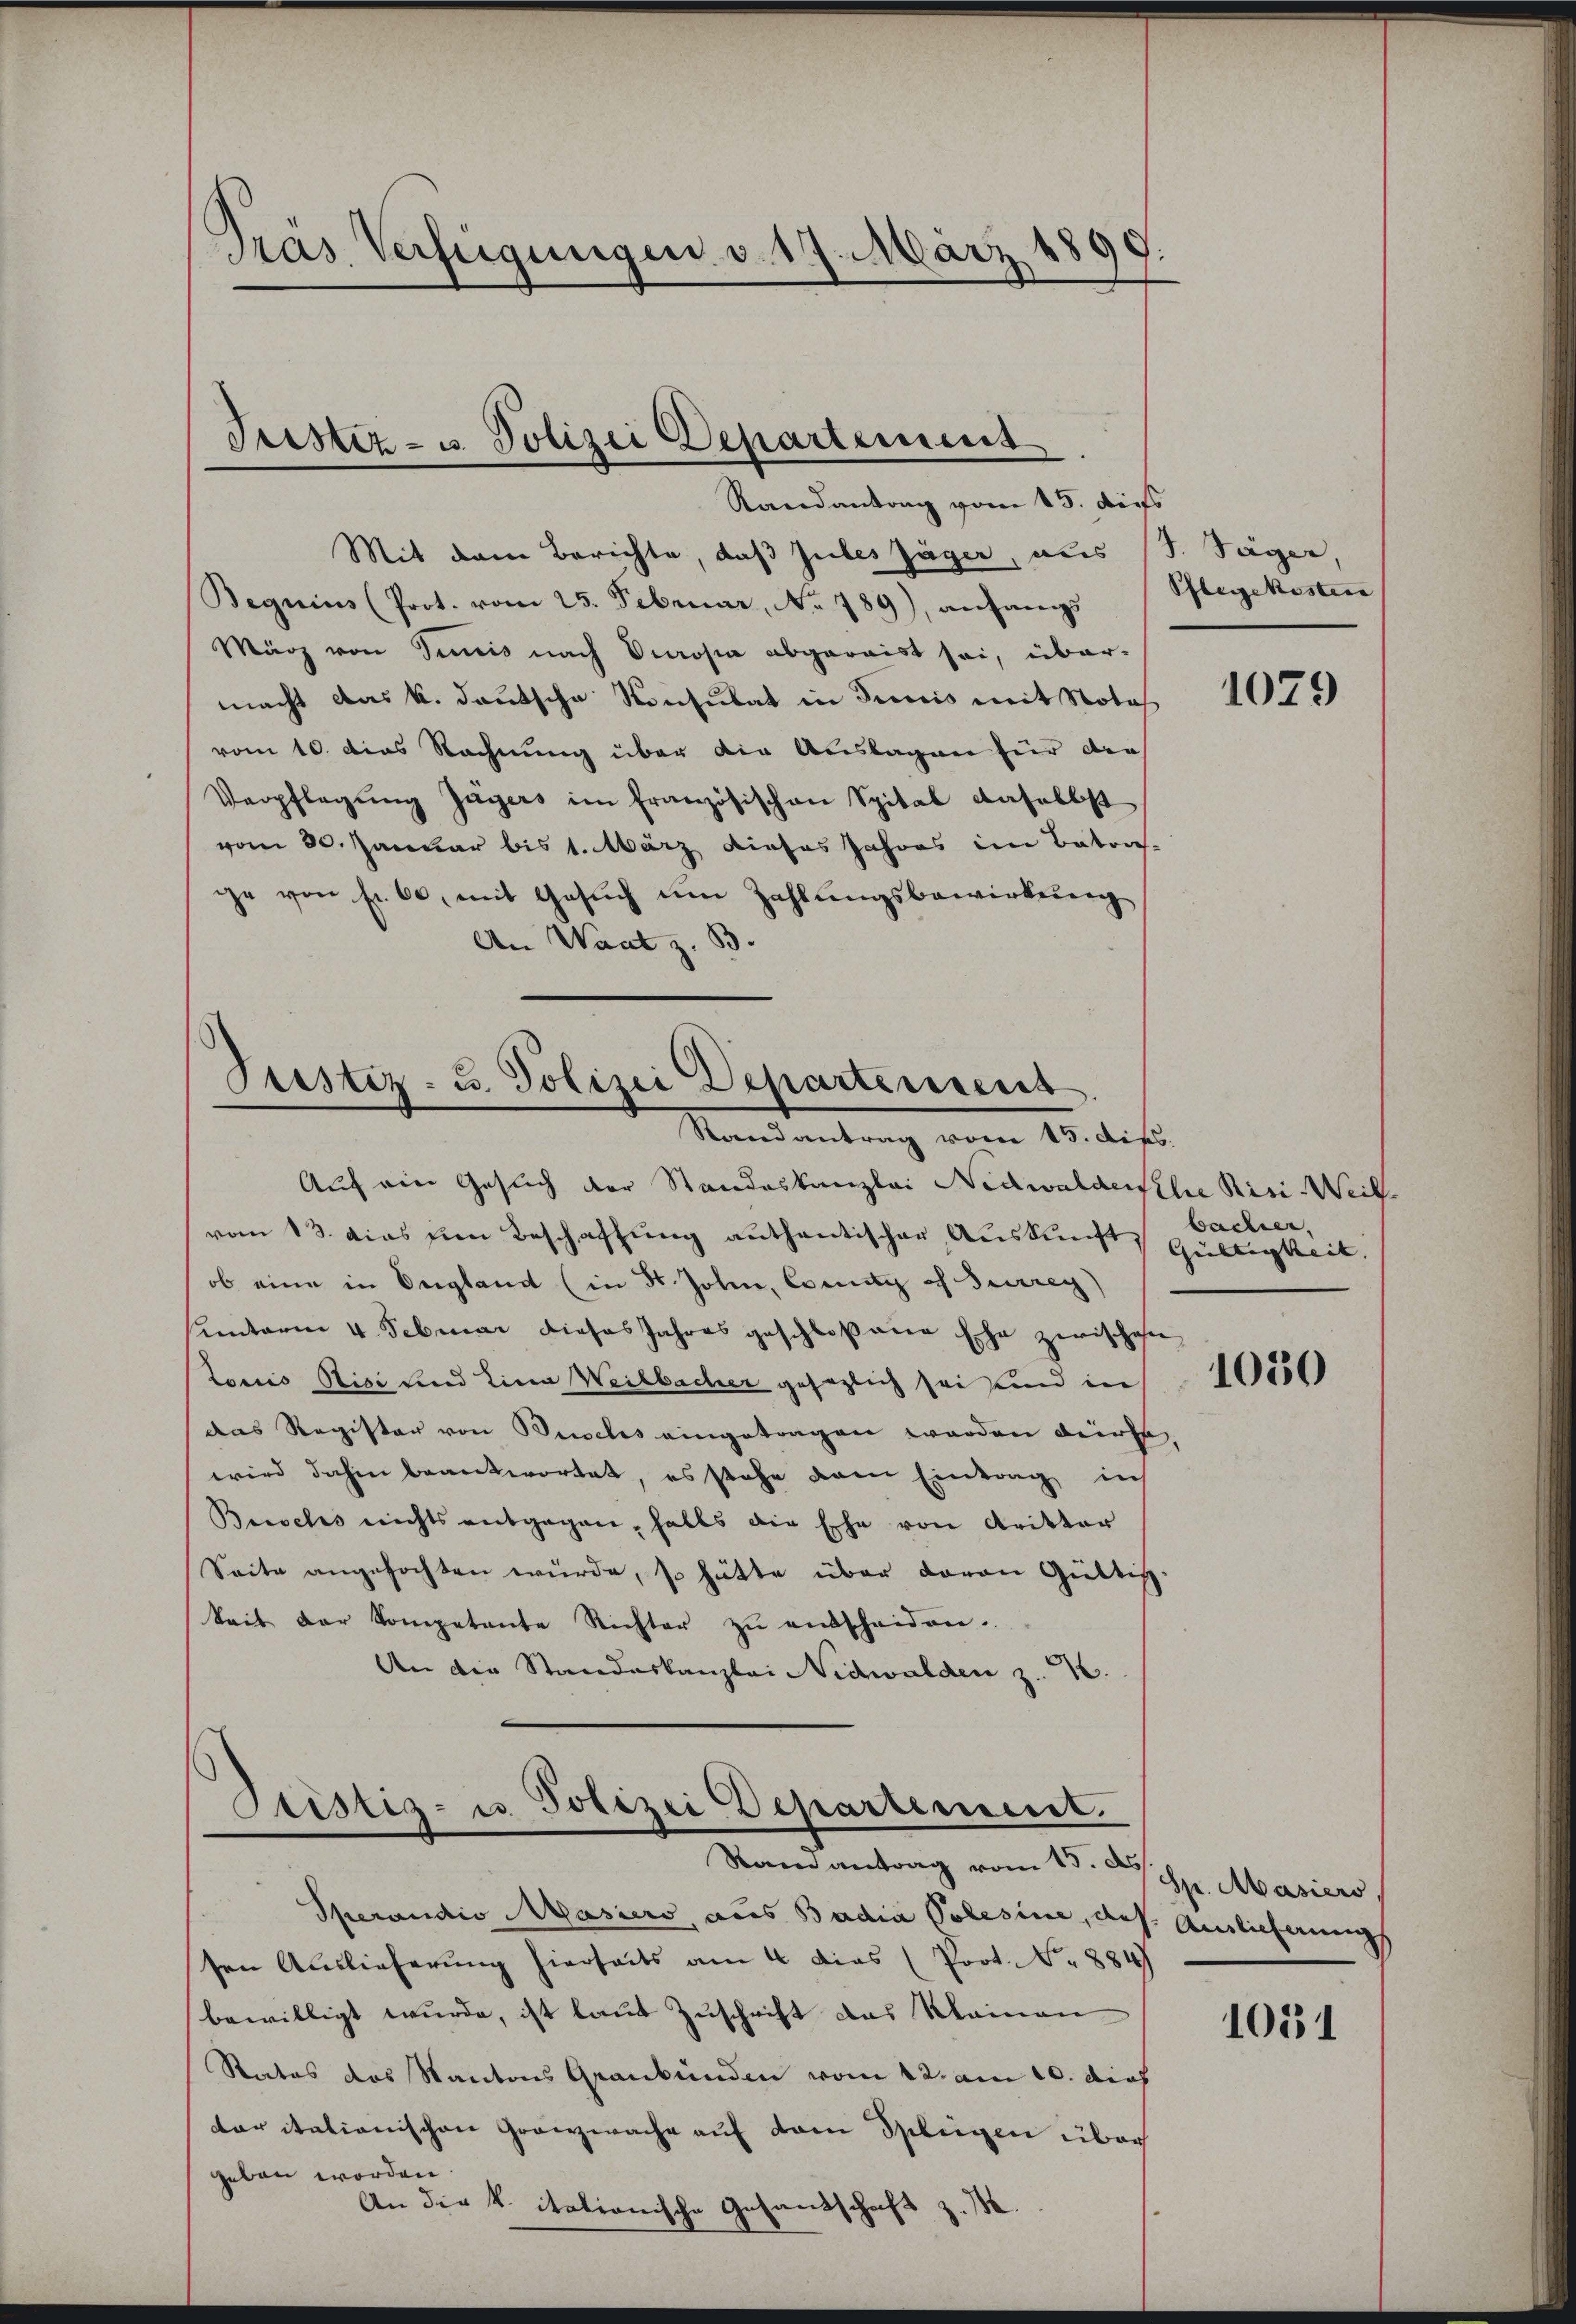
:
Pras Verfügungen v. 17. März 1

Mit dem Berichte, daß Gutes Jäger, aus (s. Säger
Beguius (Prot. vom 25. Februar, No 789), anfangs
März von Junis nach Verosia abgeraist sei, übermacht das k. deutsche Konsulat in Junis mit Notas
vom 10. dies Rechnung über die Auslagen für der
Verpflegŭng Zŭgers im französischen Spital daselbst
vom 30. Januar bis 1. März dieses Jahres im Betra-
ge von Fr. 60, mit Gesŭch ŭm Zahlŭngsbewirkŭng
An Want z. B.

Fristiz- u. Polizei Departement
Randantrag vom 15. Aufs

Justiz- u. Polizei Departement
Randantrag vom 15. dies

Auf ein Gesuch der Standeskanzlei Nidwaldensele Risi-Weil
vom 13. dies pien Beschaffung authentischer Auskunft Gültigkeit.
ob eine in England (in St. Johne, County of Furrey)
unterm 4. Februar dieses Jahres geschloßene Ehe zwischen
Lociis Risi und Lina Weilbacher gesezlich sei und in
das Register von Buchs eingetragen worden dürfe,
wird dahin beantwortet, es stehe dem Eintrag ins
Buschs nichts entgegen halts die Ehe von Kritter
Seite angefochten würde, so hätte über davon Gültig
keit der Kompetente Richter zŭ entscheiden.
An die Standeskanzlei Nidwalden z. B.
¬
Ptistiz- u. Polizei Departement.
Samantrag vom 15. App. Masiers
Operandio Masiers, aus Badia Polesine, des Auslicherung
sen Auslieferung hierseits am 4 dies (Port. N. 884
bewilligt wurde, ist laut Zuschrift das Kleinen
Rates des Kantons Graubünden vom 12. am 10. dich
tar italianischen Granzwache auf dem Spleigen über
e
geben wor
An die k. italianische Gesandschaft z. M

Pflegekosten

1079

bacher.

1050

1051